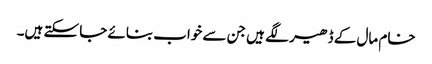
خام مال کے ڈھیر لگے ہیں جن سے خواب بنائے جا سکتے ہیں۔